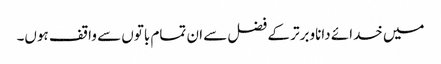
میں خدائے داناوبرتر کے فضل سے ان تمام باتوں سے واقف ہوں۔